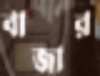
বাজার